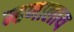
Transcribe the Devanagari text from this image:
म्हणालाय